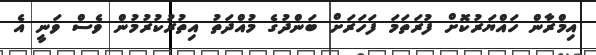
އިމްރާން ހައްޔަރުކޮށް ފުރަތަމަ ފަހަރަށް ބަންދުގެ މުއްދަތު އިތުރުކުރުމުން ވެސް ވަނީ އެ